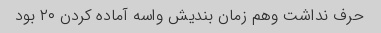
حرف نداشت وهم زمان بندیش واسه آماده کردن ۲۰ بود